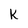
Character: k